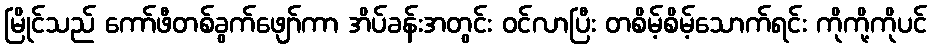
မြိုင်သည် ကော်ဖီတစ်ခွက်ဖျော်ကာ အိပ်ခန်းအတွင်း ဝင်လာပြီး တစိမ့်စိမ့်သောက်ရင်း ကိုကို့ကိုပင်